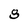
Character: 8